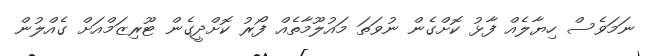
ނަމަވެސް ހިޔާލެއް ފާޅު ކޮށްގެން ނުވަތަ މައުލޫމާތެއް ފޯރު ކޮށްދީގެން ޓޫރިޒަމްއަށް ގެއްލުން